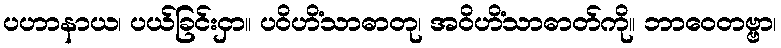
ပဟာနာယ၊ ပယ်ခြင်းငှာ။ ပဝိဟိံသာဓာတု၊ အဝိဟိံသာဓာတ်ကို။ ဘာဝေတဗ္ဗာ၊